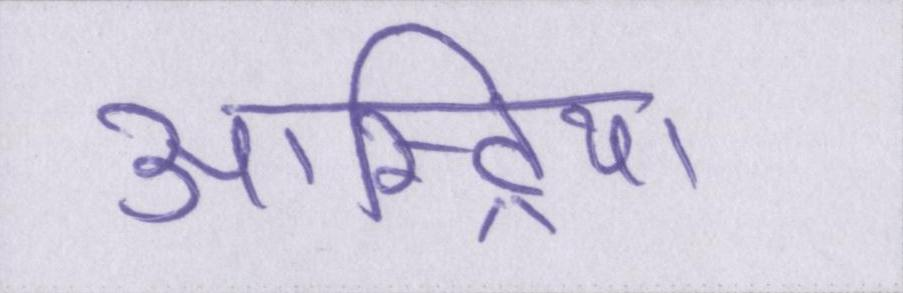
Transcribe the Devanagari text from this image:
आस्ट्रिया